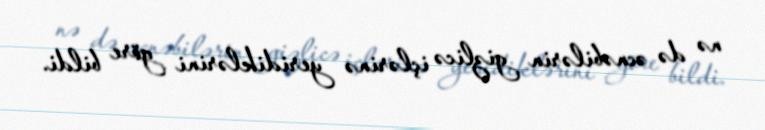
nə də əcnəbilərin gizlicə içlərinə yeridiklərini göre bildi.